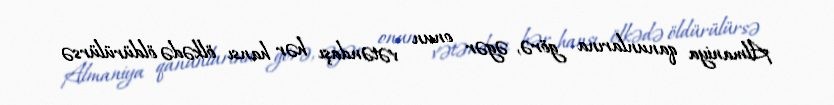
Almaniya qanunlarına görə, əgər onun vətəndaşı hər hansı ölkədə öldürülürsə